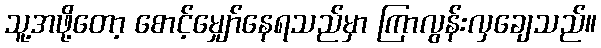
သူ့အဖို့တော့ စောင့်မျှော်နေရသည်မှာ ကြာလွန်းလှချေသည်။